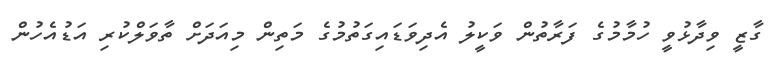
ގާޒީ ވިދާޅުވީ ހުމާމުގެ ފަރާތުން ވަކީލު އެދިވަޑައިގަތުމުގެ މަތިން މިއަދަށް ތާވަލްކުރި އަޑުއެހުން